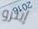
إينزو